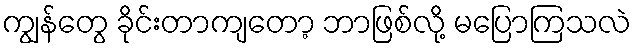
ကျွန်တွေ ခိုင်းတာကျတော့ ဘာဖြစ်လို့ မပြောကြသလဲ